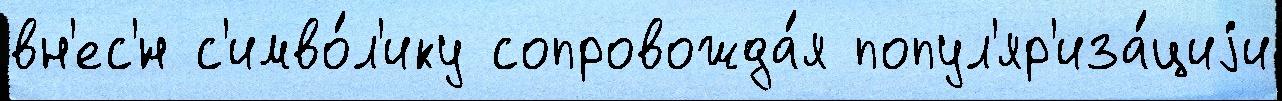
вн'ес'́н с'имво́л'ику сопровожда́я попул'яр'иза́циjи